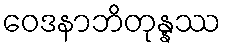
ဝေဒနာဘိတုန္နဿ